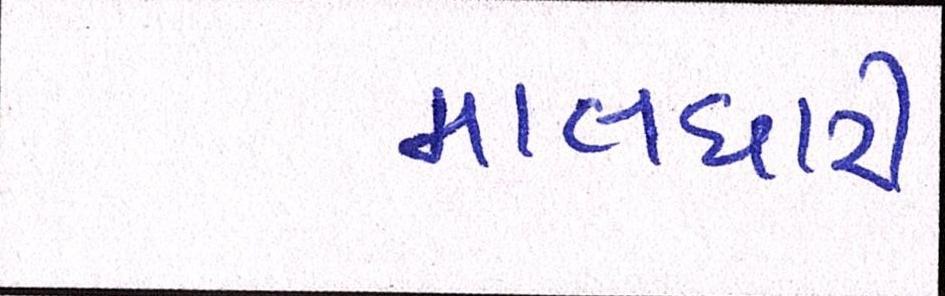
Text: માલધારી